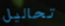
تحاليل